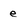
Character: e